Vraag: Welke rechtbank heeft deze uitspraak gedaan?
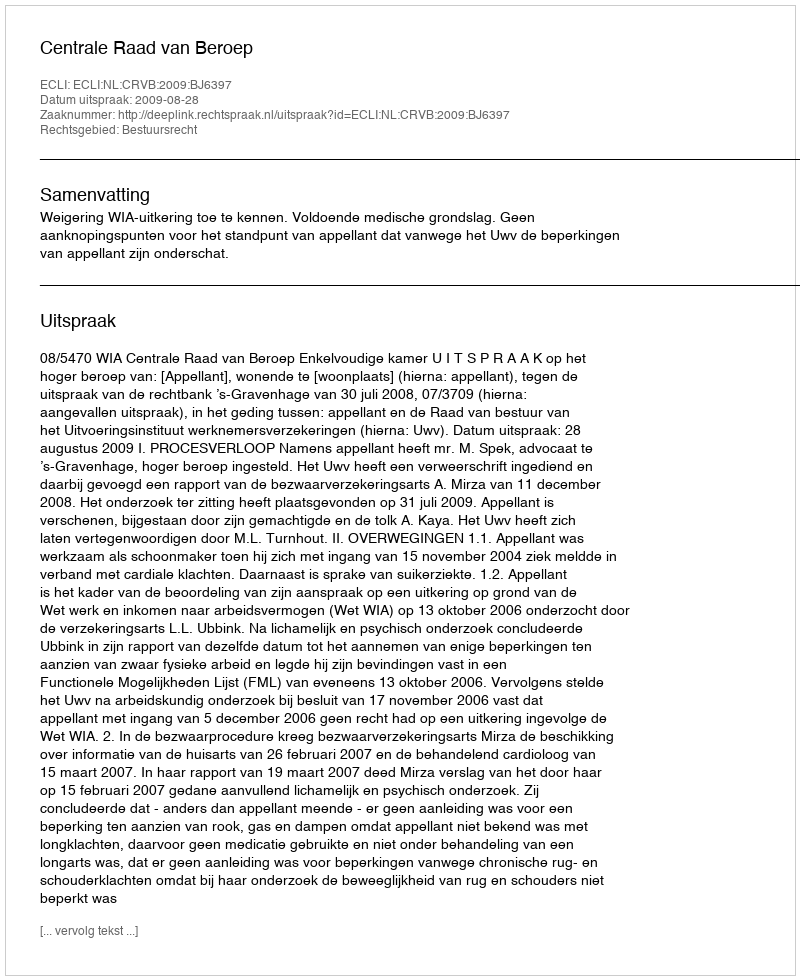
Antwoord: Centrale Raad van Beroep